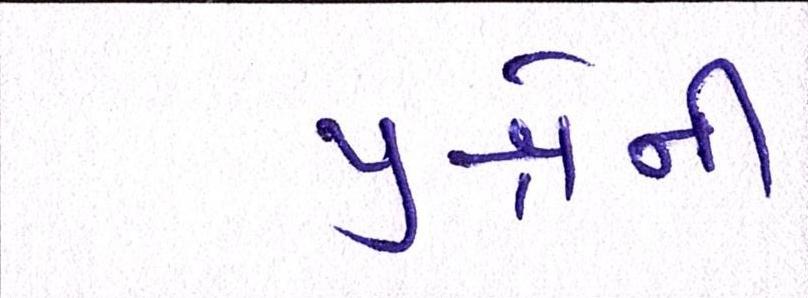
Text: પ્રશ્નોની